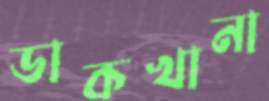
ডাকখানা